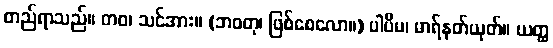
တည်ရာသည်။ တဝ၊ သင်အား။ (ဘဝတု၊ ဖြစ်စေလော။) ပါပိမ၊ မာရ်နတ်ယုတ်။ ယတ္ထ